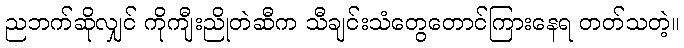
ညဘက်ဆိုလျှင် ကိုကျီးညိုတဲဆီက သီချင်းသံတွေတောင်ကြားနေရ တတ်သတဲ့။